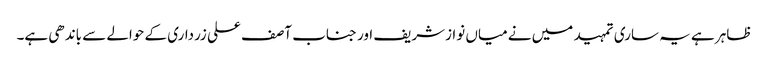
ظاہر ہے یہ ساری تمہید میں نے میاں نوازشریف اور جناب آصف علی زرداری کے حوالے سے باندھی ہے۔